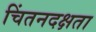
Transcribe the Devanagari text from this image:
चिंतनदक्षता